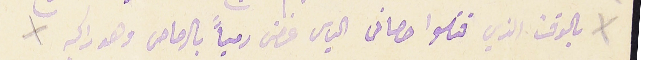
بالوقت الذي قتلوا حصان الياس غصن رمياً بالرصاص وهو راكبه